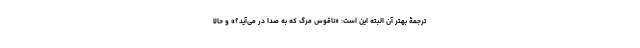
ترجمۀ بهتر آن البته این است: «ناقوس مرگِ که به صدا در می‌آید؟» و حالا